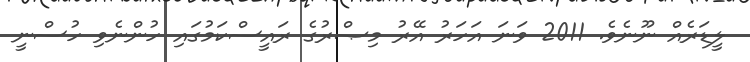
ލީޑަރެއް ނޫނެވެ. 2011 ވަނަ އަހަރު އޭރު މިޞްރުގެ ރައީސްކަމުގައި ހުންނެވި ހުސްނީ